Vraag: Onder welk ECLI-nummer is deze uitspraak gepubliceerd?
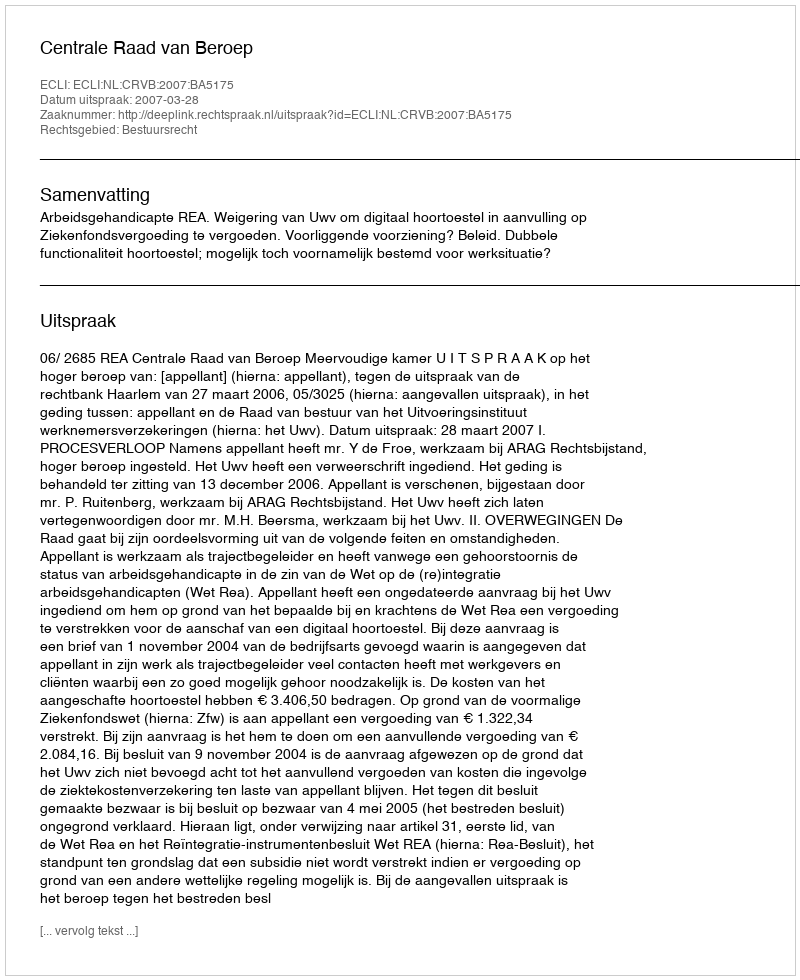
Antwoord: ECLI:NL:CRVB:2007:BA5175